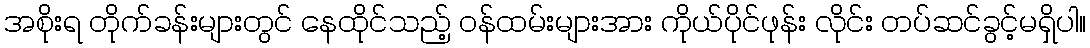
အစိုးရ တိုက်ခန်းများတွင် နေထိုင်သည့် ဝန်ထမ်းများအား ကိုယ်ပိုင်ဖုန်း လိုင်း တပ်ဆင်ခွင့်မရှိပါ။